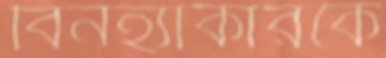
বিনহ্যাকারকে